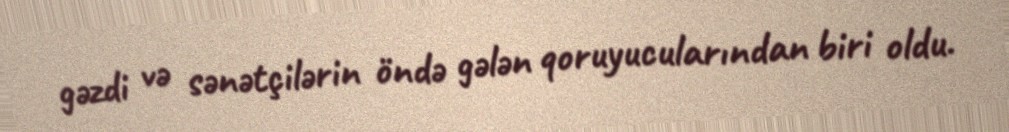
gəzdi və sənətçilərin öndə gələn qoruyucularından biri oldu.